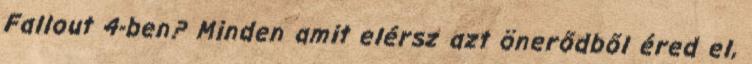
Fallout 4-ben? Minden amit elérsz azt önerődből éred el,